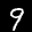
Label: 9